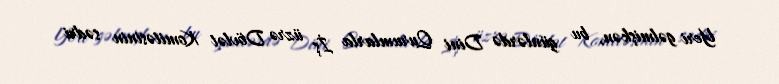
Yeri gəlmişkən, bu günlərdə Dini Qurumlarla İş üzrə Dövlət Komitəsinin sədri